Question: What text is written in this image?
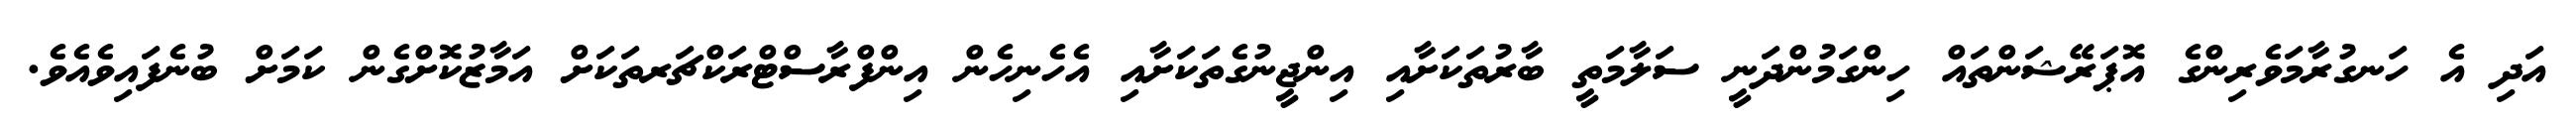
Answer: އަދި އެ ހަނގުރާމަވެރިންގެ އޮޕަރޭޝަންތައް ހިންގަމުންދަނީ ސަލާމަތީ ބާރުތަކަށާއި އިންޖީނުގެތަކަށާއި އެހެނިހެން އިންފްރާސްޓްރަކްޗަރތަކަށް އަމާޒުކޮށްގެން ކަމަށް ބުނެފައިވެއެވެ.